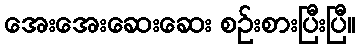
အေးအေးဆေးဆေး စဉ်းစားပြီးပြီ။